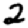
Digit: 2